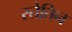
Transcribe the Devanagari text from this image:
स्तेतिन